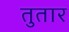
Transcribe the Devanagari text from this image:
तुतार